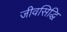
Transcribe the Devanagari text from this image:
जीवसिद्धि